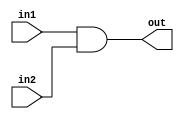
module regular_delay (out, in1, in2);

output out; 
input in1, in2;

assign #10 out = in1 & in2; // Delay in a continuous assign

endmodule

module stimulus;

wire OUT;
reg IN1, IN2;
initial
begin
	IN1 = 0; IN2= 0;
	#20 IN1=1; IN2= 1;

	#40 IN1 = 0;

	#40 IN1 = 1;
	#5 IN1 = 0;
	#150 $stop;
end

initial
	$gr_waves("out", OUT, "in1", IN1, "in2", IN2);

regular_delay rd1(OUT, IN1, IN2);

endmodule